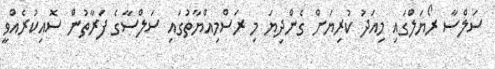
ސަލްސާ ރޯޔަލްގައި މިއަދު ކުރިޔަށް ގެންދިޔަ މި ރަސްމިއްޔާތުގައި ސަލްސާގެ ފަރާތުން ސޮއިކުރެއްވީ